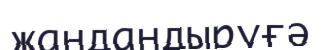
жандандыруғә